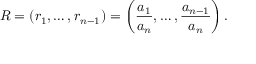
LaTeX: R = ( r _ { 1 } , \ldots , r _ { n - 1 } ) = \left( { \frac { a _ { 1 } } { a _ { n } } } , \ldots , { \frac { a _ { n - 1 } } { a _ { n } } } \right) .